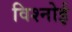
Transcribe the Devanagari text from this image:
विश्‍नोई